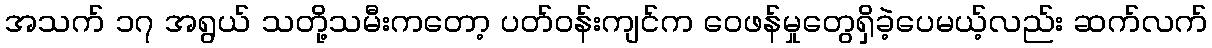
အသက် ၁၇ အရွယ် သတို့သမီးကတော့ ပတ်ဝန်းကျင်က ဝေဖန်မှုတွေရှိခဲ့ပေမယ့်လည်း ဆက်လက်